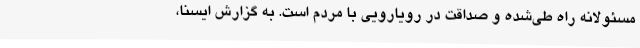
مسئولانه راهِ طی‌شده و صداقت در رویارویی با مردم است. به گزارش ایسنا،